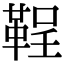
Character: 鞓